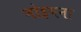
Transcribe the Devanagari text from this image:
भोइगना